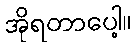
အိုရတာပေါ့။